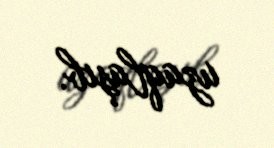
uzaqlaşıb.